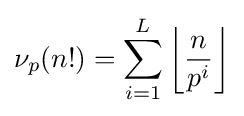
\nu _{p}(n!)=\sum _{i=1}^{L}\left\lfloor {\frac {n}{p^{i}}}\right\rfloor